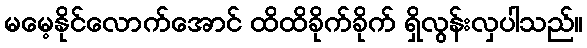
မမေ့နိုင်လောက်အောင် ထိထိခိုက်ခိုက် ရှိလွန်းလှပါသည်။